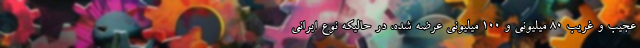
عجیب و غریب ۸۰ میلیونی و ۱۰۰ میلیونی عرضه شده، در حالیکه نوع ایرانی